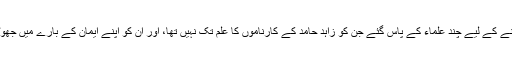
پھر منافقت سے کام لیتے ہوئے اپنے جھوٹے ایمان کے بھرم رکھنے کے لیے چند علماء کے پاس گئے جن کو زاہد حامد کے کارناموں کا علم تک نہیں تھا، اور ان کو اپنے ایمان کے بارے میں جھوٹی قسمیں کھا کر قائل کیا کہ میرے مسلمان ہونے کا اعلان کردیں۔